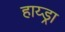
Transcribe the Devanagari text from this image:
हाय्ड्रा